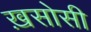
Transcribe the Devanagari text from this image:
ख़सोसी